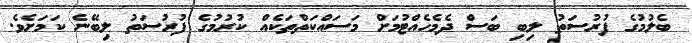
ބެލުމުގެ ފުރުސަތު ލިބި ބަސް ދެމެހެއްޓުމަށް މަސައްކަތްތަކެއް ކުރުމުގެ ފުރުސަތު ލިބޭނެ ކަމަށެވެ.